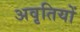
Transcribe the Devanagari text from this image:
अवृतियों